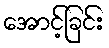
အောင့်ခြင်း